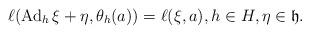
LaTeX: \begin{align*}\ell(\operatorname{Ad}_h\xi+\eta,\theta_{h}(a))=\ell(\xi,a),h\in H,\eta\in\mathfrak h.\end{align*}